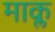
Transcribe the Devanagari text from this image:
माक्ल